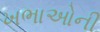
ખભાઓની